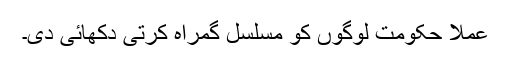
عملاً حکومت لوگوں کو مسلسل گمراہ کرتی دکھائی دی۔